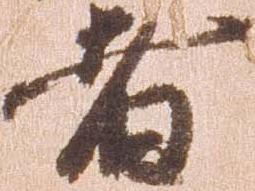
者